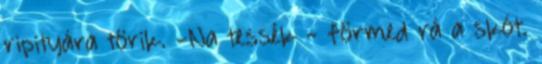
ripityára törik. -Na tessék - förmed rá a skót.